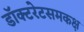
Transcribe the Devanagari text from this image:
डॉक्टरेटसमकक्ष